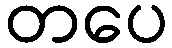
တပေ